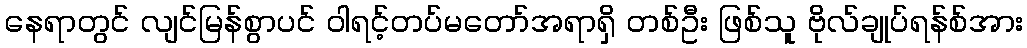
နေရာတွင် လျင်မြန်စွာပင် ဝါရင့်တပ်မတော်အရာရှိ တစ်ဦး ဖြစ်သူ ဗိုလ်ချုပ်ရန်စ်အား